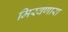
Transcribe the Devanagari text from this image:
मिरवणारा